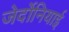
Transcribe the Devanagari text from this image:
जेर्दोनियाई